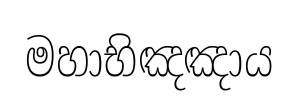
මහාභිඤඤාය